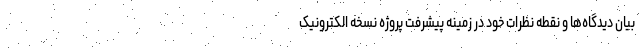
بیان دیدگاه‌ها و نقطه نظرات خود در زمینه پیشرفت پروژه نسخه الکترونیک